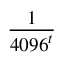
\frac { 1 } { { 4 0 9 6 } ^ { t } }